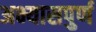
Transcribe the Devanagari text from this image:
अभ्यासपुर्ण